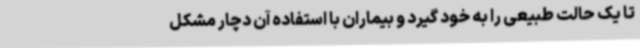
تا یک حالت طبیعی را به خود گیرد و بیماران با استفاده آن دچار مشکل